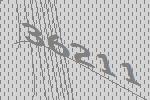
36211